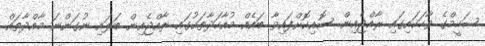
ޝަހީމްގެ ވާހަކައިގައި ރާއްޖެއިން ސޮއިކޮށްފައިވާ ބައެއް މުއާހަދާތަކުގައި ރާއްޖެއިން ބަލައި ނުގަންނަ މާއްދާތައް